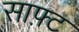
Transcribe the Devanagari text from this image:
साफ़्ट